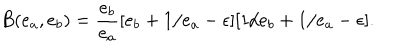
LaTeX: B ( e _ { a } , e _ { b } ) = \frac { e _ { b } } { e _ { a } } [ e _ { b } + 1 / e _ { a } - \epsilon ] [ 1 / e _ { b } + 1 / e _ { a } - \epsilon ] .